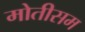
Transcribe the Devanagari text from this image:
मोतीसम